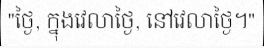
"ថ្ងៃ, ក្នុងវេលាថ្ងៃ, នៅវេលាថ្ងៃ។"